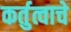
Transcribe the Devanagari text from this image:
कर्तुत्वाचे